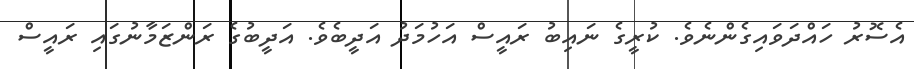
އެސޮރު ހައްދަވައިގެންނެވެ. ކުރީގެ ނައިބު ރައީސް އަހުމަދު އަދީބެވެ. އަދީބުގެ ރަންޒަމާނުގައި ރައީސް